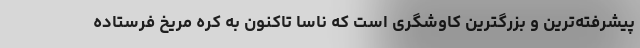
پیشرفته‌ترین و بزرگترین کاوشگری است که ناسا تاکنون به کره مریخ فرستاده